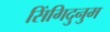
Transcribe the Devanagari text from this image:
सिंगिदुनुम